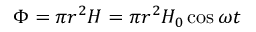
\Phi = \pi r ^ { 2 } H = \pi r ^ { 2 } H _ { 0 } \cos \omega t